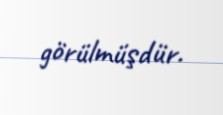
görülmüşdür.